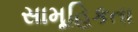
સામૂહિકતા